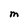
Character: M